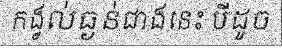
កង្វល់ធ្ងន់ជាងនេះ បីដូច